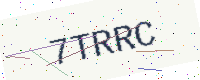
Text: 7TRRC